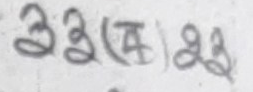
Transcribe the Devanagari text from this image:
३३ (ख) ३३